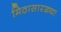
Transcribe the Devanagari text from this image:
मिठासारख्या